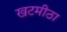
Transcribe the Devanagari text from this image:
खटमीठा